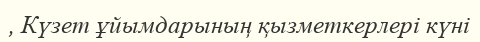
, Күзет ұйымдарының қызметкерлері күні